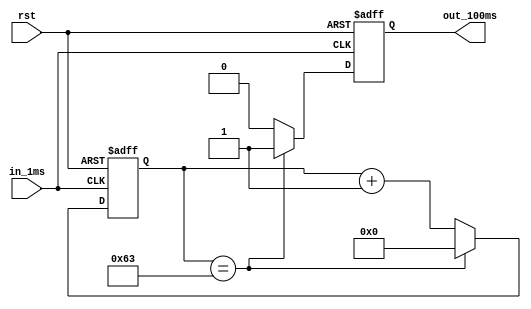
module Counter100ms(rst, in_1ms, out_100ms);
	input rst, in_1ms;
	output reg out_100ms;
	reg[6:0] cnt1ms;

	always @(posedge in_1ms, negedge rst) begin
		if(rst == 0)
		begin
			cnt1ms = 7'd0;
			out_100ms = 0;
		end
		else
		begin
			if(cnt1ms == 7'd99)
			begin
				out_100ms = 1;
				cnt1ms = 7'd0;
			end
			else
			begin
				cnt1ms = cnt1ms + 7'd1;
				out_100ms = 0;
			end
		end
	end
endmodule